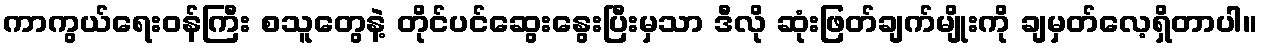
ကာကွယ်ရေးဝန်ကြီး စသူတွေနဲ့ တိုင်ပင်ဆွေးနွေးပြီးမှသာ ဒီလို ဆုံးဖြတ်ချက်မျိုးကို ချမှတ်လေ့ရှိတာပါ။